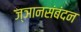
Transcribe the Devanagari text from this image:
ज्ञानसंबंदन